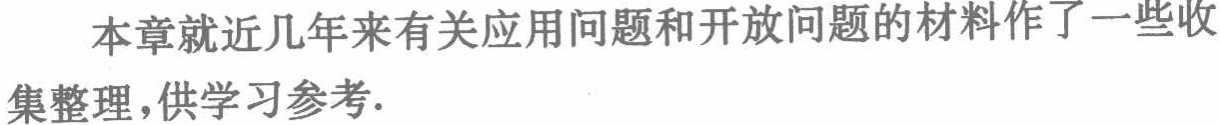
本章就近年来有关应用问题和开放问题的材料作了一些收集整理,供学习参考.